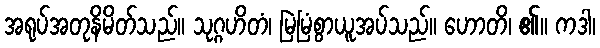
အရုပ်အတုနိမိတ်သည်။ သုဂ္ဂဟိတံ၊ မြဲမြံစွာယူအပ်သည်။ ဟောတိ၊ ၏။ ကဒါ၊